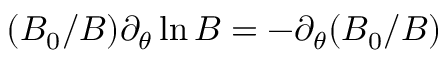
( B _ { 0 } / B ) \partial _ { \theta } \ln B = - \partial _ { \theta } ( B _ { 0 } / B )